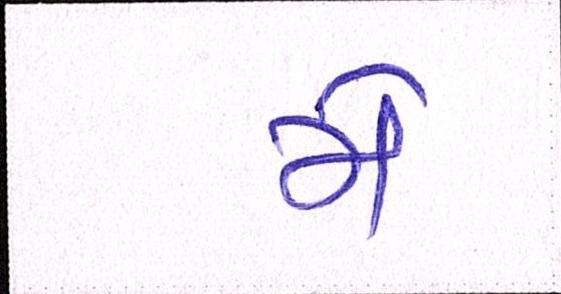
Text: મે